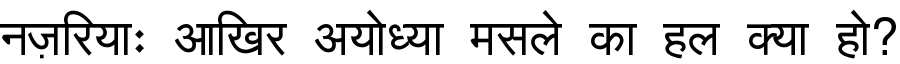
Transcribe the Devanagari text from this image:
नज़रियाः आखिर अयोध्या मसले का हल क्या हो?